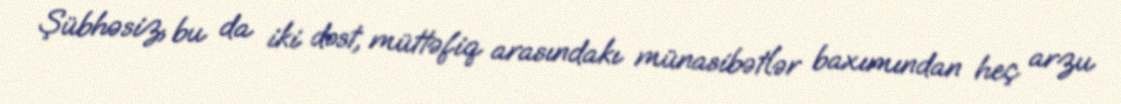
Şübhəsiz, bu da iki dost, müttəfiq arasındakı münasibətlər baxımından heç arzu